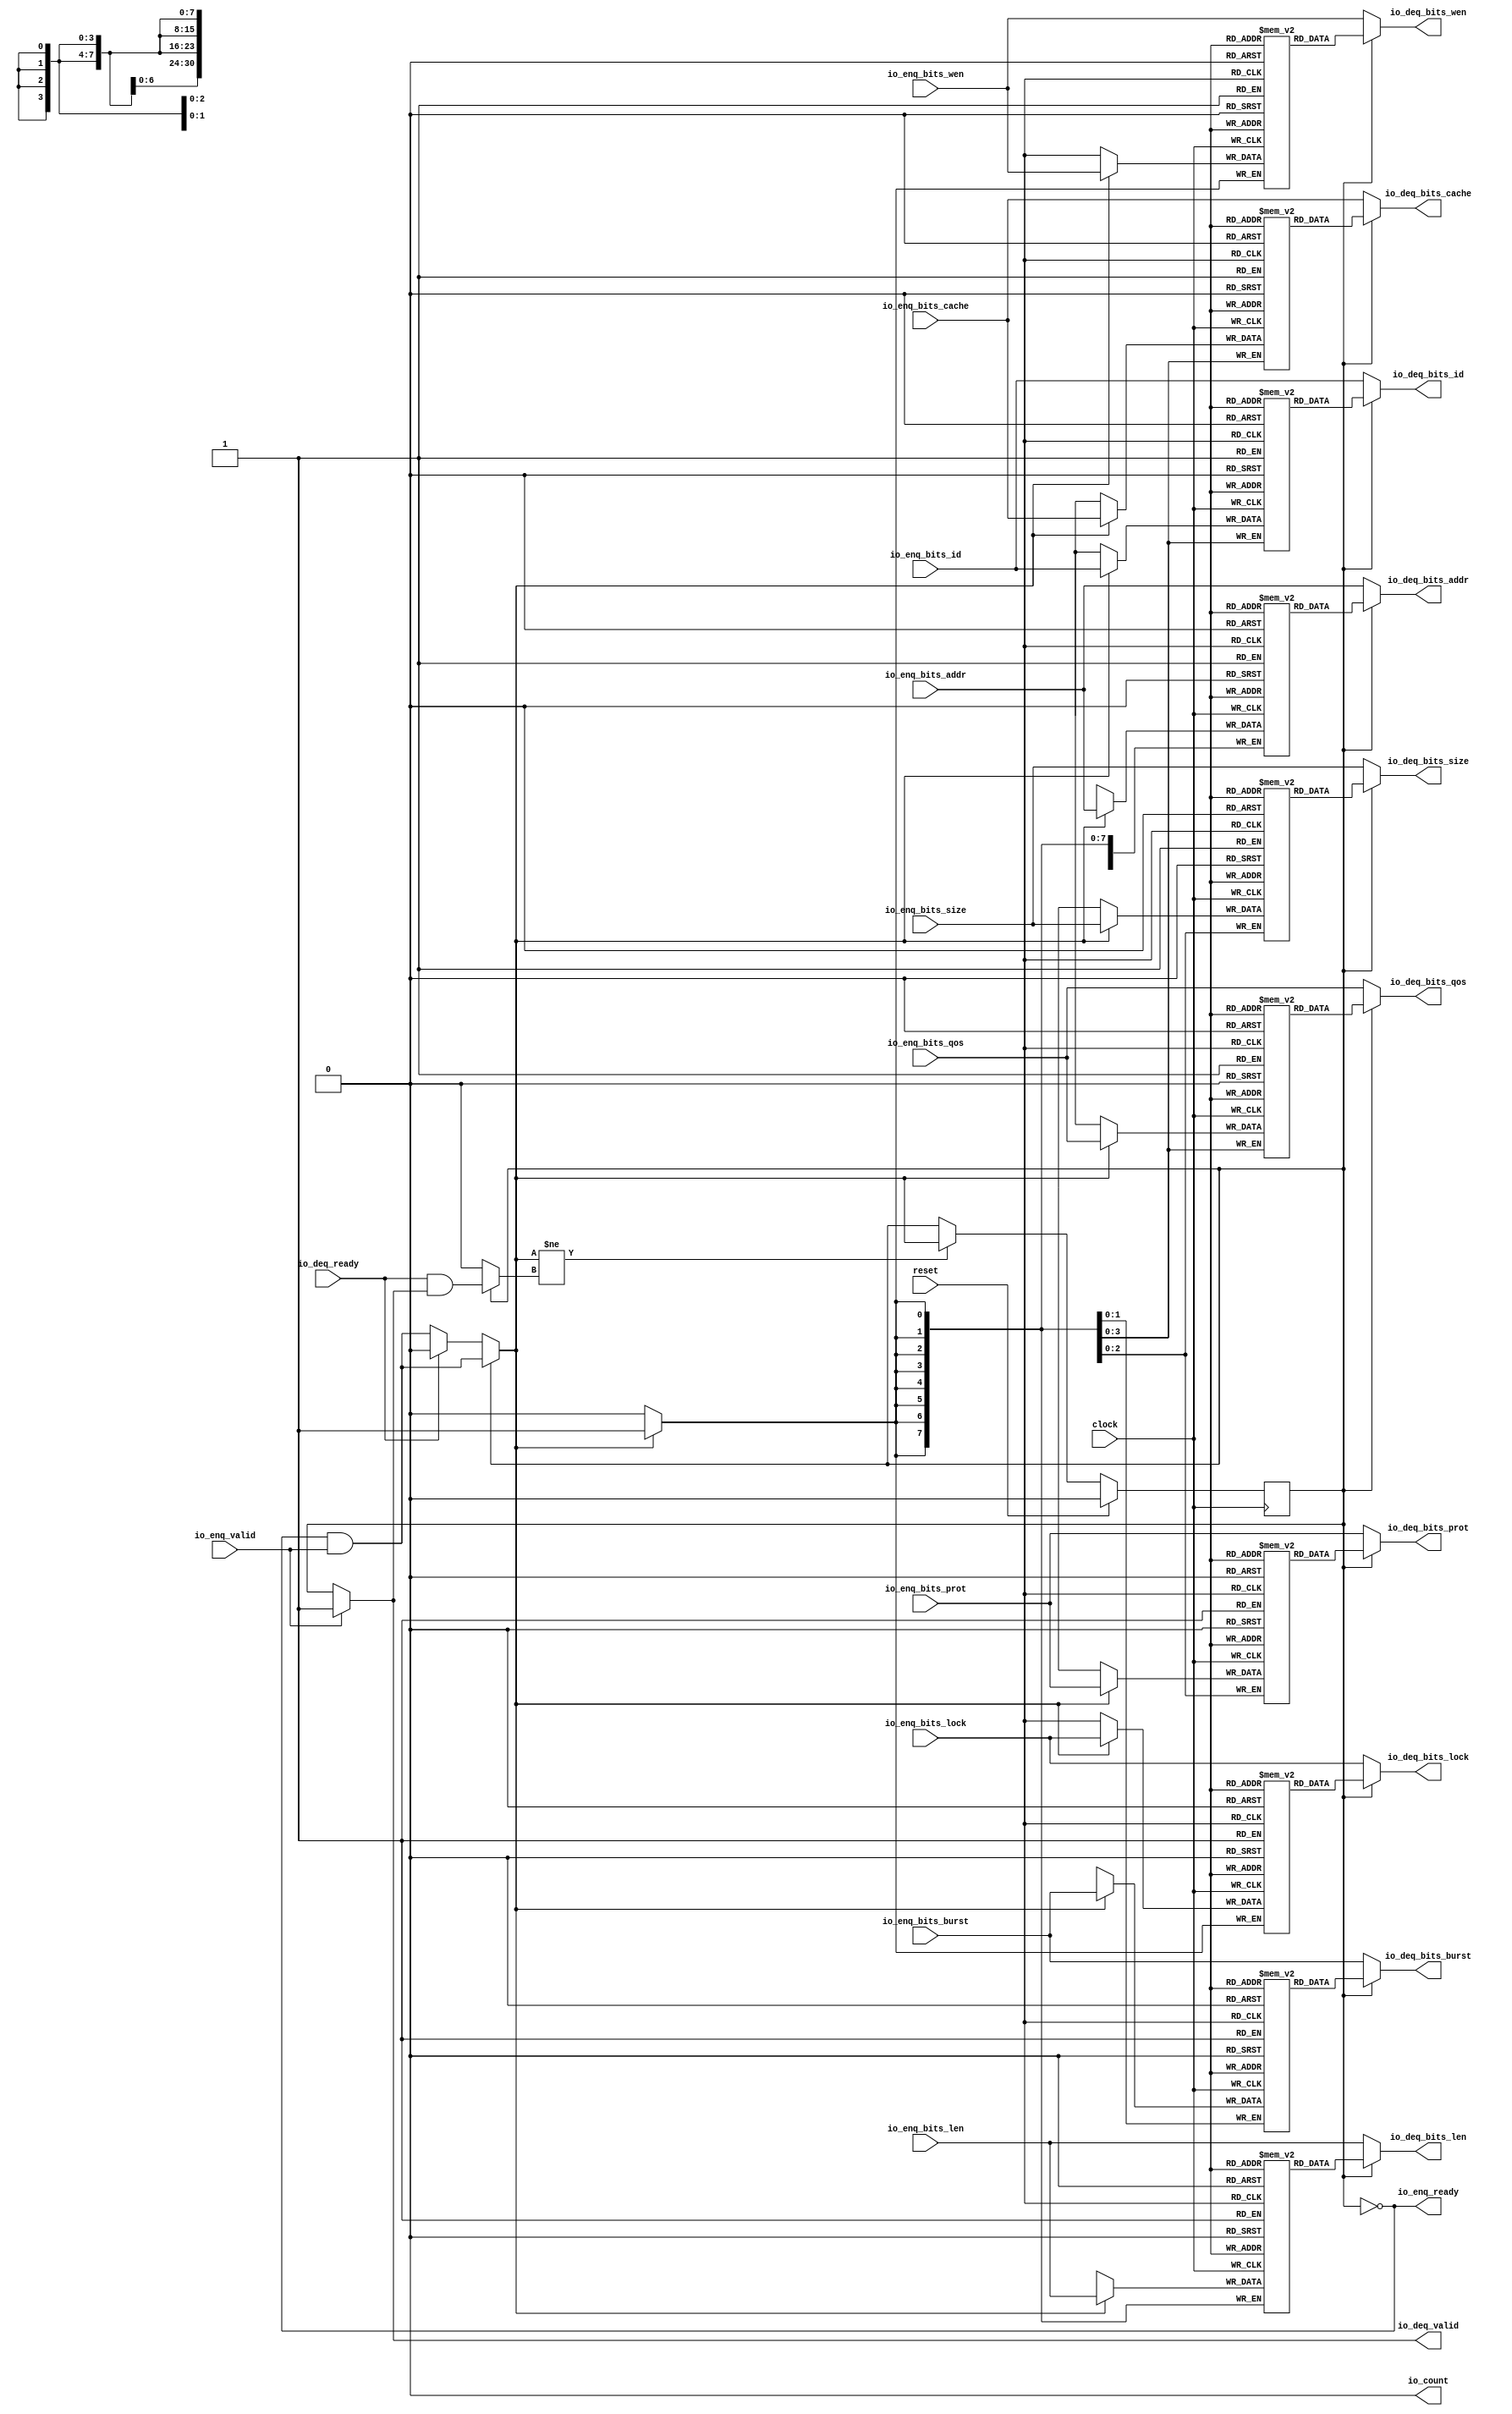
module Queue_14(
  input   clock,
  input   reset,
  output  io_enq_ready,
  input   io_enq_valid,
  input  [3:0] io_enq_bits_id,
  input  [30:0] io_enq_bits_addr,
  input  [7:0] io_enq_bits_len,
  input  [2:0] io_enq_bits_size,
  input  [1:0] io_enq_bits_burst,
  input   io_enq_bits_lock,
  input  [3:0] io_enq_bits_cache,
  input  [2:0] io_enq_bits_prot,
  input  [3:0] io_enq_bits_qos,
  input   io_enq_bits_wen,
  input   io_deq_ready,
  output  io_deq_valid,
  output [3:0] io_deq_bits_id,
  output [30:0] io_deq_bits_addr,
  output [7:0] io_deq_bits_len,
  output [2:0] io_deq_bits_size,
  output [1:0] io_deq_bits_burst,
  output  io_deq_bits_lock,
  output [3:0] io_deq_bits_cache,
  output [2:0] io_deq_bits_prot,
  output [3:0] io_deq_bits_qos,
  output  io_deq_bits_wen,
  output  io_count
);
  reg [3:0] ram_id [0:0];
  reg [31:0] _GEN_0;
  wire [3:0] ram_id__T_126_data;
  wire  ram_id__T_126_addr;
  wire [3:0] ram_id__T_107_data;
  wire  ram_id__T_107_addr;
  wire  ram_id__T_107_mask;
  wire  ram_id__T_107_en;
  reg [30:0] ram_addr [0:0];
  reg [31:0] _GEN_1;
  wire [30:0] ram_addr__T_126_data;
  wire  ram_addr__T_126_addr;
  wire [30:0] ram_addr__T_107_data;
  wire  ram_addr__T_107_addr;
  wire  ram_addr__T_107_mask;
  wire  ram_addr__T_107_en;
  reg [7:0] ram_len [0:0];
  reg [31:0] _GEN_2;
  wire [7:0] ram_len__T_126_data;
  wire  ram_len__T_126_addr;
  wire [7:0] ram_len__T_107_data;
  wire  ram_len__T_107_addr;
  wire  ram_len__T_107_mask;
  wire  ram_len__T_107_en;
  reg [2:0] ram_size [0:0];
  reg [31:0] _GEN_3;
  wire [2:0] ram_size__T_126_data;
  wire  ram_size__T_126_addr;
  wire [2:0] ram_size__T_107_data;
  wire  ram_size__T_107_addr;
  wire  ram_size__T_107_mask;
  wire  ram_size__T_107_en;
  reg [1:0] ram_burst [0:0];
  reg [31:0] _GEN_4;
  wire [1:0] ram_burst__T_126_data;
  wire  ram_burst__T_126_addr;
  wire [1:0] ram_burst__T_107_data;
  wire  ram_burst__T_107_addr;
  wire  ram_burst__T_107_mask;
  wire  ram_burst__T_107_en;
  reg  ram_lock [0:0];
  reg [31:0] _GEN_5;
  wire  ram_lock__T_126_data;
  wire  ram_lock__T_126_addr;
  wire  ram_lock__T_107_data;
  wire  ram_lock__T_107_addr;
  wire  ram_lock__T_107_mask;
  wire  ram_lock__T_107_en;
  reg [3:0] ram_cache [0:0];
  reg [31:0] _GEN_6;
  wire [3:0] ram_cache__T_126_data;
  wire  ram_cache__T_126_addr;
  wire [3:0] ram_cache__T_107_data;
  wire  ram_cache__T_107_addr;
  wire  ram_cache__T_107_mask;
  wire  ram_cache__T_107_en;
  reg [2:0] ram_prot [0:0];
  reg [31:0] _GEN_7;
  wire [2:0] ram_prot__T_126_data;
  wire  ram_prot__T_126_addr;
  wire [2:0] ram_prot__T_107_data;
  wire  ram_prot__T_107_addr;
  wire  ram_prot__T_107_mask;
  wire  ram_prot__T_107_en;
  reg [3:0] ram_qos [0:0];
  reg [31:0] _GEN_8;
  wire [3:0] ram_qos__T_126_data;
  wire  ram_qos__T_126_addr;
  wire [3:0] ram_qos__T_107_data;
  wire  ram_qos__T_107_addr;
  wire  ram_qos__T_107_mask;
  wire  ram_qos__T_107_en;
  reg  ram_wen [0:0];
  reg [31:0] _GEN_9;
  wire  ram_wen__T_126_data;
  wire  ram_wen__T_126_addr;
  wire  ram_wen__T_107_data;
  wire  ram_wen__T_107_addr;
  wire  ram_wen__T_107_mask;
  wire  ram_wen__T_107_en;
  reg  maybe_full;
  reg [31:0] _GEN_10;
  wire  _T_101;
  wire  _T_104;
  wire  do_enq;
  wire  _T_105;
  wire  do_deq;
  wire  _T_120;
  wire  _GEN_13;
  wire  _T_122;
  wire  _GEN_14;
  wire  _GEN_15;
  wire [3:0] _GEN_16;
  wire [30:0] _GEN_17;
  wire [7:0] _GEN_18;
  wire [2:0] _GEN_19;
  wire [1:0] _GEN_20;
  wire  _GEN_21;
  wire [3:0] _GEN_22;
  wire [2:0] _GEN_23;
  wire [3:0] _GEN_24;
  wire  _GEN_25;
  wire  _GEN_26;
  wire  _GEN_27;
  wire [1:0] _T_140;
  wire  _T_141;
  wire [1:0] _T_143;
  assign io_enq_ready = _T_101;
  assign io_deq_valid = _GEN_14;
  assign io_deq_bits_id = _GEN_16;
  assign io_deq_bits_addr = _GEN_17;
  assign io_deq_bits_len = _GEN_18;
  assign io_deq_bits_size = _GEN_19;
  assign io_deq_bits_burst = _GEN_20;
  assign io_deq_bits_lock = _GEN_21;
  assign io_deq_bits_cache = _GEN_22;
  assign io_deq_bits_prot = _GEN_23;
  assign io_deq_bits_qos = _GEN_24;
  assign io_deq_bits_wen = _GEN_25;
  assign io_count = _T_143[0];
  assign ram_id__T_126_addr = 1'h0;
  assign ram_id__T_126_data = ram_id[ram_id__T_126_addr];
  assign ram_id__T_107_data = io_enq_bits_id;
  assign ram_id__T_107_addr = 1'h0;
  assign ram_id__T_107_mask = do_enq;
  assign ram_id__T_107_en = do_enq;
  assign ram_addr__T_126_addr = 1'h0;
  assign ram_addr__T_126_data = ram_addr[ram_addr__T_126_addr];
  assign ram_addr__T_107_data = io_enq_bits_addr;
  assign ram_addr__T_107_addr = 1'h0;
  assign ram_addr__T_107_mask = do_enq;
  assign ram_addr__T_107_en = do_enq;
  assign ram_len__T_126_addr = 1'h0;
  assign ram_len__T_126_data = ram_len[ram_len__T_126_addr];
  assign ram_len__T_107_data = io_enq_bits_len;
  assign ram_len__T_107_addr = 1'h0;
  assign ram_len__T_107_mask = do_enq;
  assign ram_len__T_107_en = do_enq;
  assign ram_size__T_126_addr = 1'h0;
  assign ram_size__T_126_data = ram_size[ram_size__T_126_addr];
  assign ram_size__T_107_data = io_enq_bits_size;
  assign ram_size__T_107_addr = 1'h0;
  assign ram_size__T_107_mask = do_enq;
  assign ram_size__T_107_en = do_enq;
  assign ram_burst__T_126_addr = 1'h0;
  assign ram_burst__T_126_data = ram_burst[ram_burst__T_126_addr];
  assign ram_burst__T_107_data = io_enq_bits_burst;
  assign ram_burst__T_107_addr = 1'h0;
  assign ram_burst__T_107_mask = do_enq;
  assign ram_burst__T_107_en = do_enq;
  assign ram_lock__T_126_addr = 1'h0;
  assign ram_lock__T_126_data = ram_lock[ram_lock__T_126_addr];
  assign ram_lock__T_107_data = io_enq_bits_lock;
  assign ram_lock__T_107_addr = 1'h0;
  assign ram_lock__T_107_mask = do_enq;
  assign ram_lock__T_107_en = do_enq;
  assign ram_cache__T_126_addr = 1'h0;
  assign ram_cache__T_126_data = ram_cache[ram_cache__T_126_addr];
  assign ram_cache__T_107_data = io_enq_bits_cache;
  assign ram_cache__T_107_addr = 1'h0;
  assign ram_cache__T_107_mask = do_enq;
  assign ram_cache__T_107_en = do_enq;
  assign ram_prot__T_126_addr = 1'h0;
  assign ram_prot__T_126_data = ram_prot[ram_prot__T_126_addr];
  assign ram_prot__T_107_data = io_enq_bits_prot;
  assign ram_prot__T_107_addr = 1'h0;
  assign ram_prot__T_107_mask = do_enq;
  assign ram_prot__T_107_en = do_enq;
  assign ram_qos__T_126_addr = 1'h0;
  assign ram_qos__T_126_data = ram_qos[ram_qos__T_126_addr];
  assign ram_qos__T_107_data = io_enq_bits_qos;
  assign ram_qos__T_107_addr = 1'h0;
  assign ram_qos__T_107_mask = do_enq;
  assign ram_qos__T_107_en = do_enq;
  assign ram_wen__T_126_addr = 1'h0;
  assign ram_wen__T_126_data = ram_wen[ram_wen__T_126_addr];
  assign ram_wen__T_107_data = io_enq_bits_wen;
  assign ram_wen__T_107_addr = 1'h0;
  assign ram_wen__T_107_mask = do_enq;
  assign ram_wen__T_107_en = do_enq;
  assign _T_101 = maybe_full == 1'h0;
  assign _T_104 = io_enq_ready & io_enq_valid;
  assign do_enq = _GEN_27;
  assign _T_105 = io_deq_ready & io_deq_valid;
  assign do_deq = _GEN_26;
  assign _T_120 = do_enq != do_deq;
  assign _GEN_13 = _T_120 ? do_enq : maybe_full;
  assign _T_122 = _T_101 == 1'h0;
  assign _GEN_14 = io_enq_valid ? 1'h1 : _T_122;
  assign _GEN_15 = io_deq_ready ? 1'h0 : _T_104;
  assign _GEN_16 = _T_101 ? io_enq_bits_id : ram_id__T_126_data;
  assign _GEN_17 = _T_101 ? io_enq_bits_addr : ram_addr__T_126_data;
  assign _GEN_18 = _T_101 ? io_enq_bits_len : ram_len__T_126_data;
  assign _GEN_19 = _T_101 ? io_enq_bits_size : ram_size__T_126_data;
  assign _GEN_20 = _T_101 ? io_enq_bits_burst : ram_burst__T_126_data;
  assign _GEN_21 = _T_101 ? io_enq_bits_lock : ram_lock__T_126_data;
  assign _GEN_22 = _T_101 ? io_enq_bits_cache : ram_cache__T_126_data;
  assign _GEN_23 = _T_101 ? io_enq_bits_prot : ram_prot__T_126_data;
  assign _GEN_24 = _T_101 ? io_enq_bits_qos : ram_qos__T_126_data;
  assign _GEN_25 = _T_101 ? io_enq_bits_wen : ram_wen__T_126_data;
  assign _GEN_26 = _T_101 ? 1'h0 : _T_105;
  assign _GEN_27 = _T_101 ? _GEN_15 : _T_104;
  assign _T_140 = 1'h0 - 1'h0;
  assign _T_141 = _T_140[0:0];
  assign _T_143 = {maybe_full,_T_141};
`ifdef RANDOMIZE
  integer initvar;
  initial begin
    `ifndef verilator
      #0.002 begin end
    `endif
  _GEN_0 = {1{$random}};
  `ifdef RANDOMIZE_MEM_INIT
  for (initvar = 0; initvar < 1; initvar = initvar+1)
    ram_id[initvar] = _GEN_0[3:0];
  `endif
  _GEN_1 = {1{$random}};
  `ifdef RANDOMIZE_MEM_INIT
  for (initvar = 0; initvar < 1; initvar = initvar+1)
    ram_addr[initvar] = _GEN_1[30:0];
  `endif
  _GEN_2 = {1{$random}};
  `ifdef RANDOMIZE_MEM_INIT
  for (initvar = 0; initvar < 1; initvar = initvar+1)
    ram_len[initvar] = _GEN_2[7:0];
  `endif
  _GEN_3 = {1{$random}};
  `ifdef RANDOMIZE_MEM_INIT
  for (initvar = 0; initvar < 1; initvar = initvar+1)
    ram_size[initvar] = _GEN_3[2:0];
  `endif
  _GEN_4 = {1{$random}};
  `ifdef RANDOMIZE_MEM_INIT
  for (initvar = 0; initvar < 1; initvar = initvar+1)
    ram_burst[initvar] = _GEN_4[1:0];
  `endif
  _GEN_5 = {1{$random}};
  `ifdef RANDOMIZE_MEM_INIT
  for (initvar = 0; initvar < 1; initvar = initvar+1)
    ram_lock[initvar] = _GEN_5[0:0];
  `endif
  _GEN_6 = {1{$random}};
  `ifdef RANDOMIZE_MEM_INIT
  for (initvar = 0; initvar < 1; initvar = initvar+1)
    ram_cache[initvar] = _GEN_6[3:0];
  `endif
  _GEN_7 = {1{$random}};
  `ifdef RANDOMIZE_MEM_INIT
  for (initvar = 0; initvar < 1; initvar = initvar+1)
    ram_prot[initvar] = _GEN_7[2:0];
  `endif
  _GEN_8 = {1{$random}};
  `ifdef RANDOMIZE_MEM_INIT
  for (initvar = 0; initvar < 1; initvar = initvar+1)
    ram_qos[initvar] = _GEN_8[3:0];
  `endif
  _GEN_9 = {1{$random}};
  `ifdef RANDOMIZE_MEM_INIT
  for (initvar = 0; initvar < 1; initvar = initvar+1)
    ram_wen[initvar] = _GEN_9[0:0];
  `endif
  `ifdef RANDOMIZE_REG_INIT
  _GEN_10 = {1{$random}};
  maybe_full = _GEN_10[0:0];
  `endif
  end
`endif
  always @(posedge clock) begin
    if(ram_id__T_107_en & ram_id__T_107_mask) begin
      ram_id[ram_id__T_107_addr] <= ram_id__T_107_data;
    end
    if(ram_addr__T_107_en & ram_addr__T_107_mask) begin
      ram_addr[ram_addr__T_107_addr] <= ram_addr__T_107_data;
    end
    if(ram_len__T_107_en & ram_len__T_107_mask) begin
      ram_len[ram_len__T_107_addr] <= ram_len__T_107_data;
    end
    if(ram_size__T_107_en & ram_size__T_107_mask) begin
      ram_size[ram_size__T_107_addr] <= ram_size__T_107_data;
    end
    if(ram_burst__T_107_en & ram_burst__T_107_mask) begin
      ram_burst[ram_burst__T_107_addr] <= ram_burst__T_107_data;
    end
    if(ram_lock__T_107_en & ram_lock__T_107_mask) begin
      ram_lock[ram_lock__T_107_addr] <= ram_lock__T_107_data;
    end
    if(ram_cache__T_107_en & ram_cache__T_107_mask) begin
      ram_cache[ram_cache__T_107_addr] <= ram_cache__T_107_data;
    end
    if(ram_prot__T_107_en & ram_prot__T_107_mask) begin
      ram_prot[ram_prot__T_107_addr] <= ram_prot__T_107_data;
    end
    if(ram_qos__T_107_en & ram_qos__T_107_mask) begin
      ram_qos[ram_qos__T_107_addr] <= ram_qos__T_107_data;
    end
    if(ram_wen__T_107_en & ram_wen__T_107_mask) begin
      ram_wen[ram_wen__T_107_addr] <= ram_wen__T_107_data;
    end
    if (reset) begin
      maybe_full <= 1'h0;
    end else begin
      if (_T_120) begin
        maybe_full <= do_enq;
      end
    end
  end
endmodule